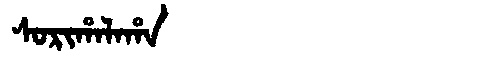
Manchu: ᠰᠣᡵᡳᡥᠠᠯᠠᡥᠠ
Romanization: SORIHALAHA